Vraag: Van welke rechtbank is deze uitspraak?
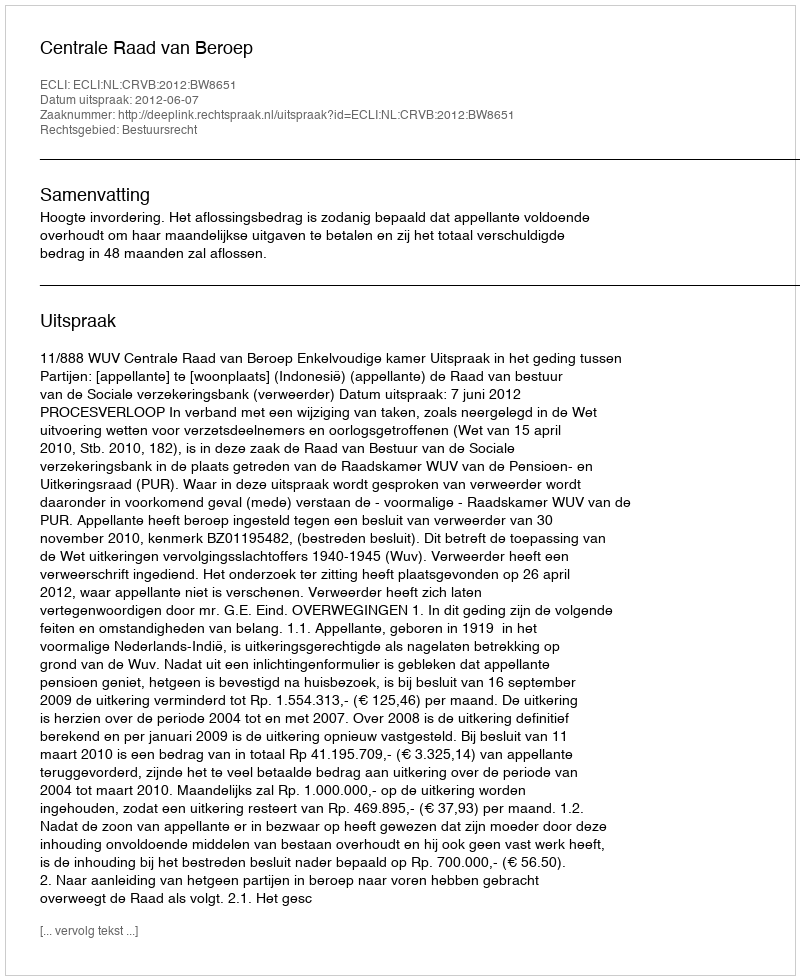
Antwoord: Centrale Raad van Beroep